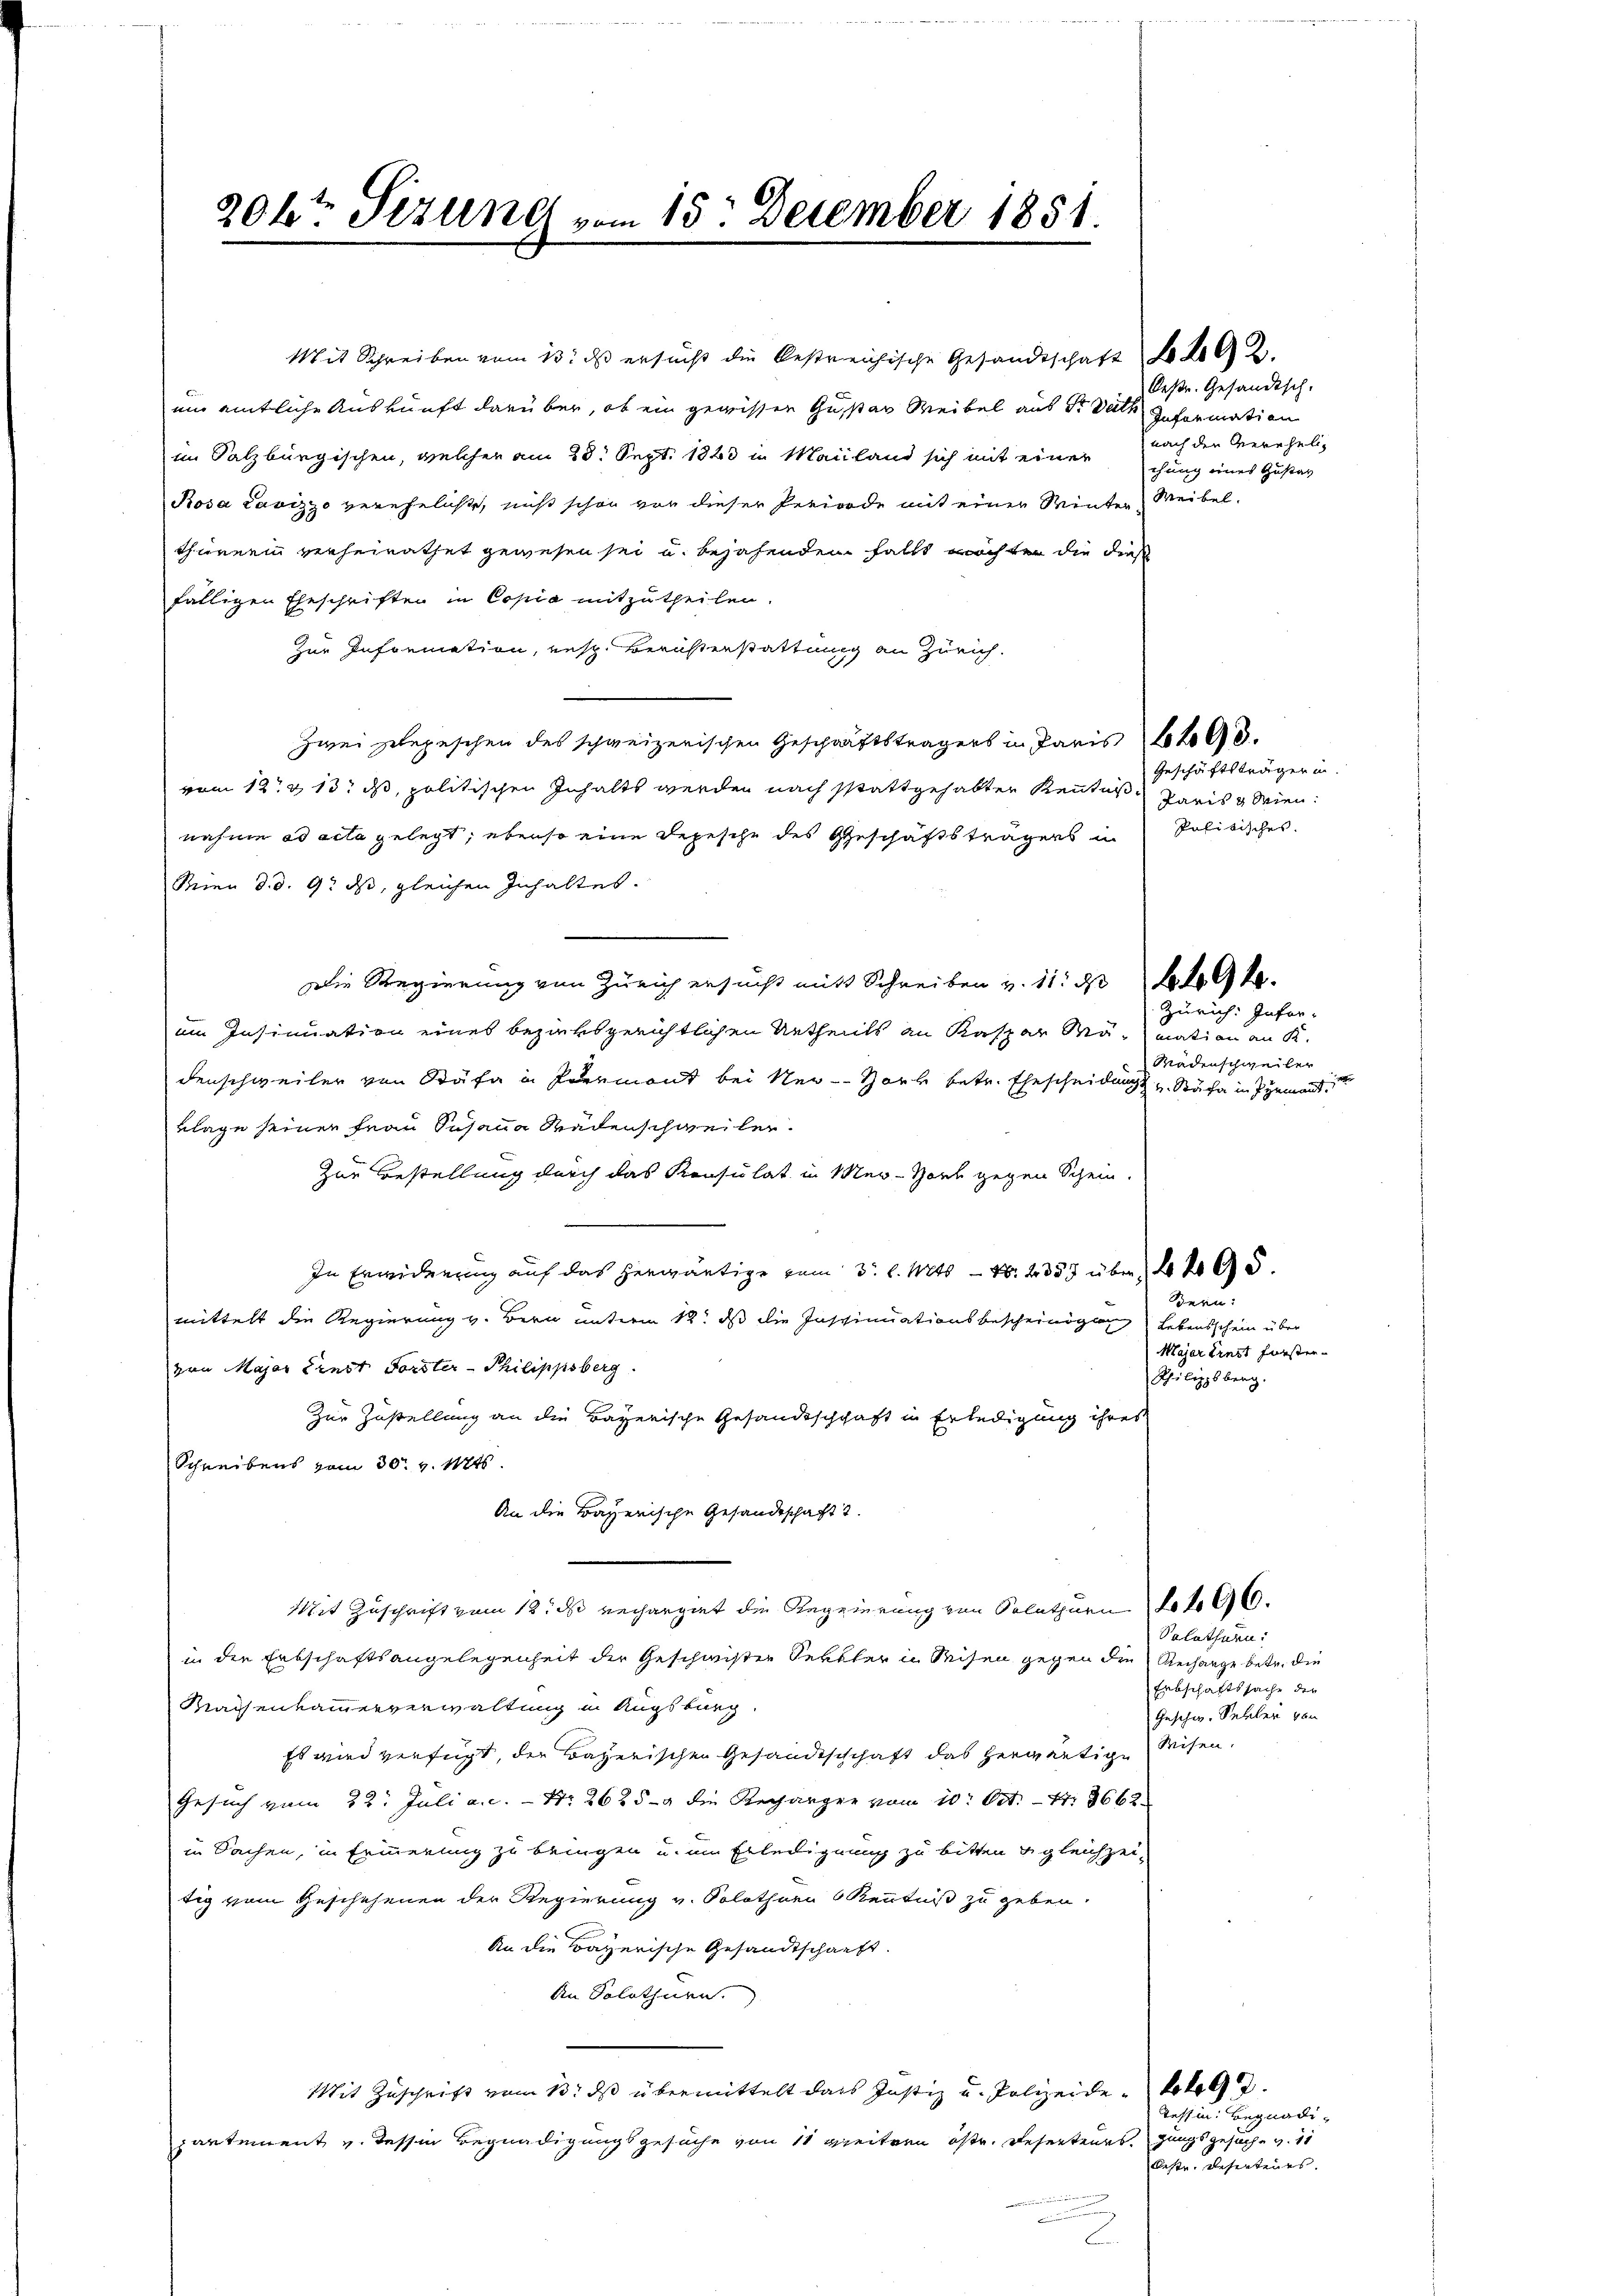
206ten Sizung vom 15. December 1881.

Mit Schreiben vom 13t ds ersucht die bestreichische Gesandtschaft de
um amtliche Auskunft darüber, ob ein gewissen Guster Weibel aus der Rath Information
im Salzburgischen, welcher am 28. Sept. 1883 in Mailand sich mit einer chung eines Gustan
Rosa Lavizzo verehelichte, nicht schon von dieser Periode mit einer Winter
thürerin verheirathet gewesen sei u. bejahendem Falls möchter die dies
fälligen Eheschriften in Copia mitzutheilen.
Zur Information, resp. Beruhterstattung an Zürich.
zwei Ehegeschen des schweizerischen Geschäftsträgers in Paris 648.
vom 12. & 13. ds, politischen Inhalts werden nach stattgehabter Kenntniß
nahme ad acta gelegt, ebenso eine Depesche des Geschäftsträgers in
Wien d. d. 9. ds, gleichen Inhaltes.
Die Regierung von Zürich ersucht mit Schreiben v. 11. ds to 9te
im Insinuation eines bezirksgerichtlichen Urtheils an Kaspar Mamation an K.
denschweiler von Stäfa in Permont bei Ner-Hork betr. Ehescheidung v. Stäfa in Pyemand
klage seiner Frau Susana Radenschweiler.
Zur Bestellung durch das Konsulat in Mer-Horb gegen Schein.
In Erwiderung auf das herwärtige vom 3. l. Mts. — N. 2357 über 4200.
mittelt die Regierung v. Bern unterm 12. ds die Inspinationsbescheinigung Lebensschein über
von Major Ernst Forster- Philippsberg.
Zur Zustellung an die Bayerische Gesandtschchaft in Erledigung ihres
Schreibens vom 30. v. Mts.
An die Bayerische Gesandtschaft.
Mit Zuschrift vom 18. ds rechargiet die Regierung von Solothurn 16.
in die Erbschaftsangelegenheit der Geschwister Sekkler in Reisen gegen die Rechange betr. die
Maisenkammerverwaltung in Augsburg.
Es wird verfügt, der Bayerischen Gesandtschchaft das herwärtige Weisen.
Gesuch vom 22. Juli a. c. - Nr. 2625-4 die Recharger vom 10. Oct. - 4. 3662
in Sachen, in Erinnerung zu bringen u. um Erledigung zu bitten gleichzeit
tig vom Geschehenen der Regierung v. Solothurn Kenntniß zu geben.
An die Bayerische Gesandtschaft.
An Solothurn.
Mit Zuschrift vom 13. ds übermittelt dass Justiz u. Polizeide 1497.
partement v. Tessin Begnadigungsgesuche von 11 weitern öste. Deserteurs, gungsgesuche v. 11

Desr. Gesandtsch.
nach den Vereheli
Weibel.

Geschäftsträger in
Paris Wien.
Politisches.

Zürich: Infor-
Wadenschweiler

Bern:
Majar Ernst forsten.
Philippsberg.

Solothurn.
Erbschaftssache der
Geschw. Sellen von

Tessin: Begnadi¬
Oestr. Besenteurs.